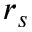
r _ { s }